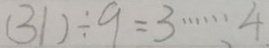
( 3 1 ) \div 9 = 3 \cdots 4